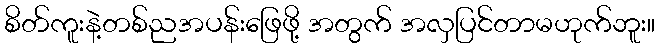
စိတ်ကူးနဲ့တစ်ညအပန်းဖြေဖို့ အတွက် အလှပြင်တာမဟုက်ဘူး။